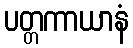
ပတ္တကာယာနံ